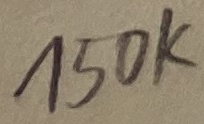
Text: 150K